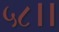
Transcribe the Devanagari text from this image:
५८।।